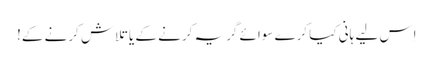
اِس لیے ہانی کیا کرے سوائے گریہ کرنے کے یا تلاش کرنے کے!